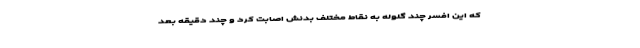
که این افسر چند گلوله به نقاط مختلف بدنش اصابت کرد و چند دقیقه بعد